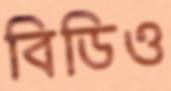
বিডিও